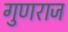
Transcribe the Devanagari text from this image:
गुणराज